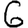
Digit: 6